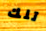
تلك